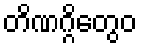
တိဏဂ္ဂိတွေဝ